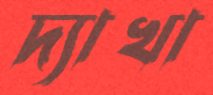
দ্যাখা